Annual report of the Punjab Veterinary College and of the Civil Veterinary Department, Punjab - 1920-1925
Year: 1920
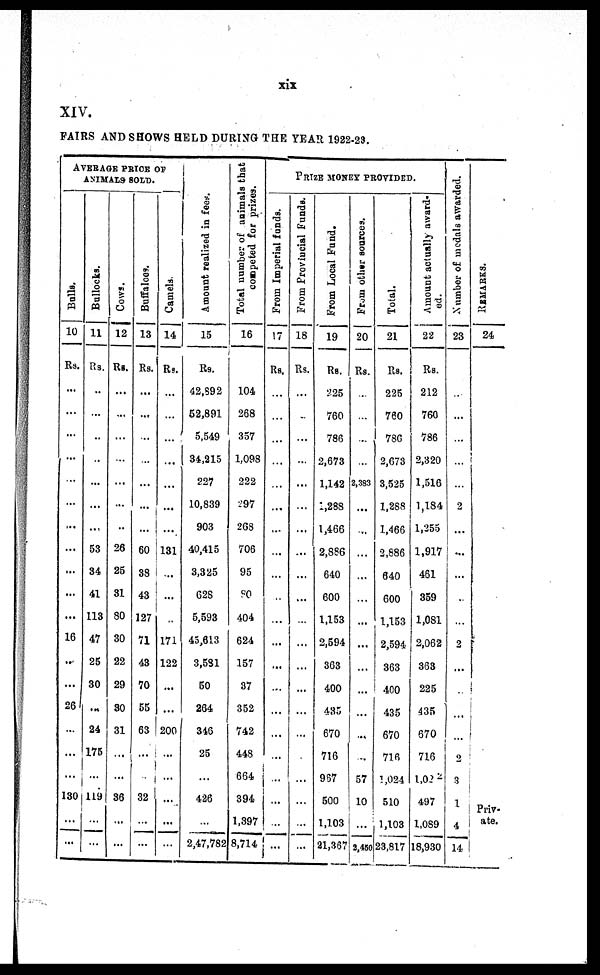
xix
XIV.
FAIRS AND SHOWS HELD DURING THE YEAR 1922-23.
AVERAGE PRICE OF
ANIMALS SOLD.
Bulls.
10
Rs.
...
...
...
...
...
...
...
...
...
...
...
16
...
...
26
...
...
...
130
...
...
Bollocks.
11
Rs.
...
...
...
...
...
...
...
53
34
41
113
47
25
30
...
24
176
...
119
...
...
Cows.
12
Rs.
...
...
...
...
...
...
...
26
25
31
80
30
22
29
30
31
...
...
36
...
...
Buffaloes.
13
Rs.
...
...
...
...
...
...
...
60
38
43
127
71
48
70
55
63
...
...
32
...
...
Camels.
14
Rs.
...
...
...
...
...
...
...
131
...
...
...
171
122
...
...
200
...
...
...
...
...
Amount realized in fees.
15
Rs.
42,892
52,891
5,549
34,215
227
10,839
903
40,415
3,325
628
5,593
45,613
3,581
50
264
346
25
...
426
...
2,47,782
Total number of animals that
competed
for prizes.
16
104
268
357
1,098
222
297
268
706
95
90
404
624
157
37
352
742
448
664
394
1,397
8,714
PRIZE MONEY PROVIDED.
From Imperial funds.
17
Rs.
...
...
...
...
...
...
...
...
...
...
...
...
...
...
...
...
...
...
...
...
...
From Provincial Funds.
18
Rs.
...
...
...
...
...
...
...
...
...
...
...
...
...
...
...
...
...
...
...
...
...
From Local Fund.
19
Rs.
225
760
786
2,673
1,142
1,288
1,466
2,886
640
600
1,153
2,594
363
400
435
670
716
967
500
1,103
21,367
From other sources.
20
Rs.
...
...
...
...
2,383
...
...
...
...
...
...
...
...
...
...
...
...
57
10
2,460
Total.
21
Rs.
225
760
786
2,673
3,525
1,288
1,466
2,886
640
600
1,153
2,594
363
400
435
670
716
1,024
510
1,103
23,817
Amount actually award-
ed.
22
Rs.
212
760
786
2,320
1,516
1,184
1,255
1,917
461
359
1,081
2,062
363
225
435
670
716
1,022
497
1,089
18,930
Nu mb e r of medals awarded.
23
...
...
...
...
...
2
...
...
...
..
...
2
...
...
...
...
2
3
1
4
14
REMARKS.
24
Priv-
ate.